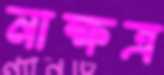
নাক্ষত্র